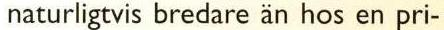
naturligtvis bredare än hos en pri-